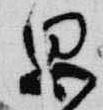
思